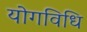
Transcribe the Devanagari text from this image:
योगविधि